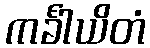
ကင်္ခါယိတံ